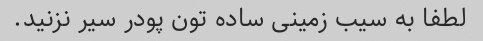
لطفا به سیب زمینی ساده تون پودر سیر نزنید.